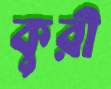
কুরী